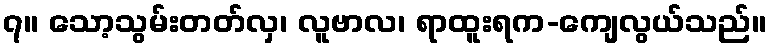
၇။ သော့သွမ်းတတ်လှ၊ လူဗာလ၊ ရာထူးရက-ကျေလွယ်သည်။